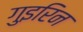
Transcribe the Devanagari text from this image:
गुइरिन